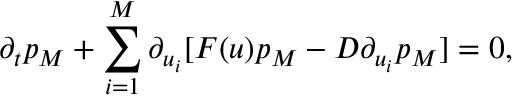
\partial _ { t } p _ { M } + \sum _ { i = 1 } ^ { M } \partial _ { u _ { i } } [ F ( u ) p _ { M } - D \partial _ { u _ { i } } p _ { M } ] = 0 ,